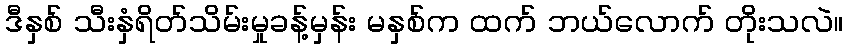
ဒီနှစ် သီးနှံရိတ်သိမ်းမှုခန့်မှန်း မနှစ်က ထက် ဘယ်လောက် တိုးသလဲ။